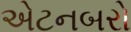
એટનબરો